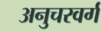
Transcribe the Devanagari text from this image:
अनुचरवर्ग